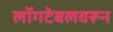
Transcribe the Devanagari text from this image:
लॉगटेबलवरून